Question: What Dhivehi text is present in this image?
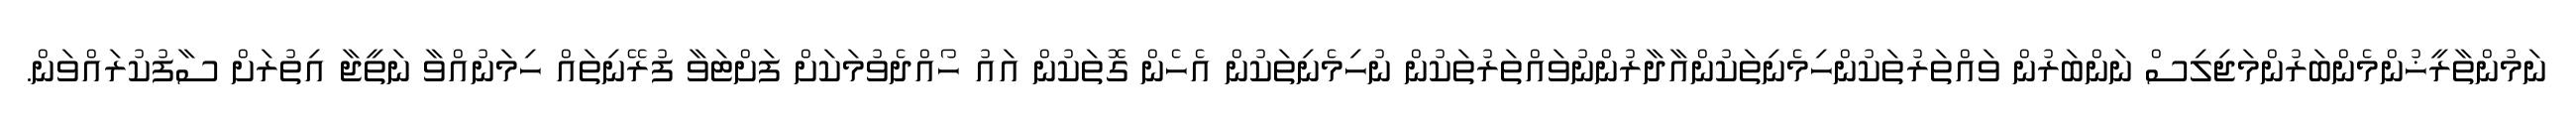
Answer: ނަމުންތާރީޚުންމެންބަރުންމަޖިލިސް ނަންބަރުން ވައްތަރުތަކުންހިމެނިތަކުންއާދާރުންނުވައްތަރުތަކުން ނުހިމެނިތަކުން އެހެން ގޮތަކުން އައު ހޯއްދެވުމަކަށް ފަށްޓަވާ ފުރޭނިތައް ހިމަނުއްވާ ނަތީޖާ އިތުރަށް ސާފުކުރައްވަން.